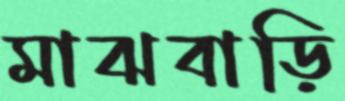
মাঝবাড়ি